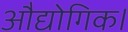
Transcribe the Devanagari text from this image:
औद्योगिक।